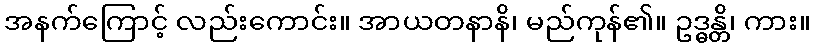
အနက်ကြောင့် လည်းကောင်း။ အာယတနာနိ၊ မည်ကုန်၏။ ဥဒ္ဓန္တိ၊ ကား။